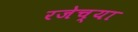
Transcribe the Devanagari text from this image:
रजेच्या